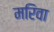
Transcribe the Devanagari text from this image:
मरिवा